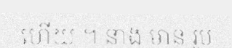
ហើយ ។ នាង មាន រូប